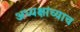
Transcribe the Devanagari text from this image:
अध्यक्षांच्याच